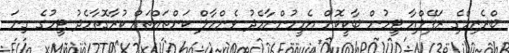
ބްރެޒިލްގެ ރަފޭލްއާ ޓީމުން ބާކީކޮށް އެމީހުންނާމެދު ވެންހާލް ކަންތައްތައް ކުރާގޮތާމެދު ޓީމުގެ ގިނަ